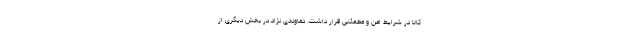
کالا در شرایط امن و مطمئنی قرار داشت. دماوندی نژاد در بخش دیگری از